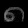
Digit: ၈